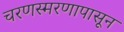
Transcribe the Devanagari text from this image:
चरणस्मरणापासून